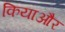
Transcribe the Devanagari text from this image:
कियाऔर